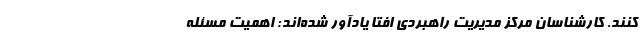
کنند. کارشناسان مرکز مدیریت راهبردی افتا یادآور شده‌اند: اهمیت مسئله